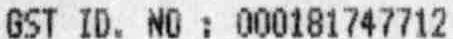
GST ID. NO : 000181747712